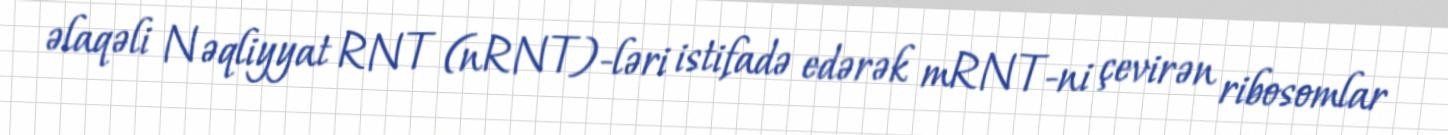
əlaqəli Nəqliyyat RNT (nRNT)-ləri istifadə edərək mRNT-ni çevirən ribosomlar